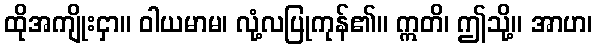
ထိုအကျိုးငှာ။ ဝါယမာမ၊ လုံ့လပြုကုန်၏။ ဣတိ၊ ဤသို့။ အာဟ၊